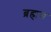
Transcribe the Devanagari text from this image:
ब्रह्मण